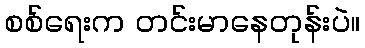
စစ်ရေးက တင်းမာနေတုန်းပဲ။